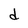
Character: d